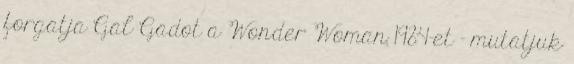
forgatja Gal Gadot a Wonder Woman 1984-et - mutatjuk